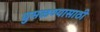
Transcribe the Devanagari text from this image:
घुसळण्यासाठी